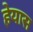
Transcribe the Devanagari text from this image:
हेयास